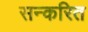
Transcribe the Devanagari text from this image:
सन्करित